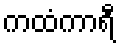
ကထံကာရီ